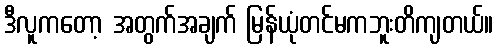
ဒီလူကတော့ အတွက်အချက် မြန်ယုံတင်မကဘူးတိကျတယ်။